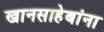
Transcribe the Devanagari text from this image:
खानसाहेबांना